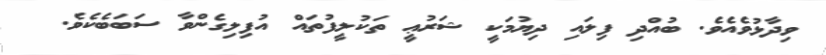
ވިދާޅުވެއެވެ. ބުއްދި ފިލައި ދިޔުމަކީ ޝަރުޢީ ތަކުލީފުތައް އުފިލިގެންވާ ސަބަބެކެވެ.